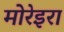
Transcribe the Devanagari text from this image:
मोरेइरा